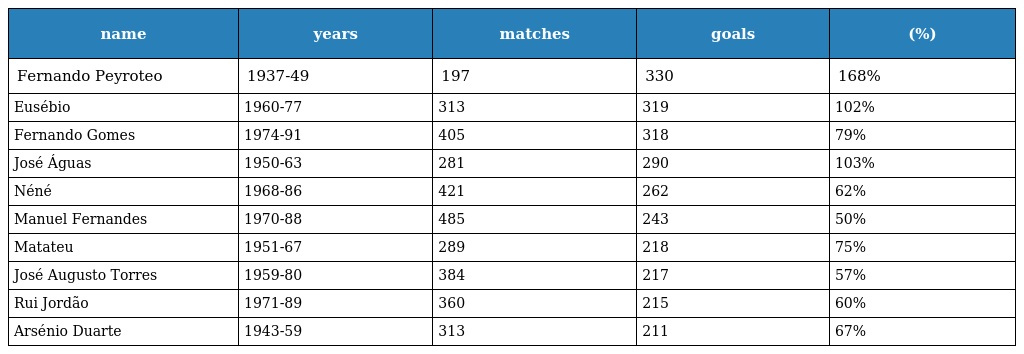
| name | years | matches | goals | (%) |
 | --- | --- | --- | --- | --- |
 | Fernando Peyroteo | 1937-49 | 197 | 330 | 168% |
 | Eusébio | 1960-77 | 313 | 319 | 102% |
 | Fernando Gomes | 1974-91 | 405 | 318 | 79% |
 | José Águas | 1950-63 | 281 | 290 | 103% |
 | Néné | 1968-86 | 421 | 262 | 62% |
 | Manuel Fernandes | 1970-88 | 485 | 243 | 50% |
 | Matateu | 1951-67 | 289 | 218 | 75% |
 | José Augusto Torres | 1959-80 | 384 | 217 | 57% |
 | Rui Jordão | 1971-89 | 360 | 215 | 60% |
 | Arsénio Duarte | 1943-59 | 313 | 211 | 67% |